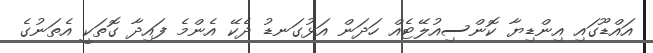
އައްޑޫގައި އިންޑިޔާ ކޮންސިއުލޭޓެއް ހަދަން އަޅުގަނޑު ދެކޭ އެންމެ ފައިދާ ގޮތަކީ އެތަނުގެ